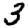
Digit: 3